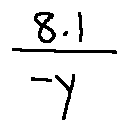
\frac { 8 . 1 } { - y }